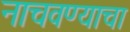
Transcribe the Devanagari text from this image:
नाचवण्याचा